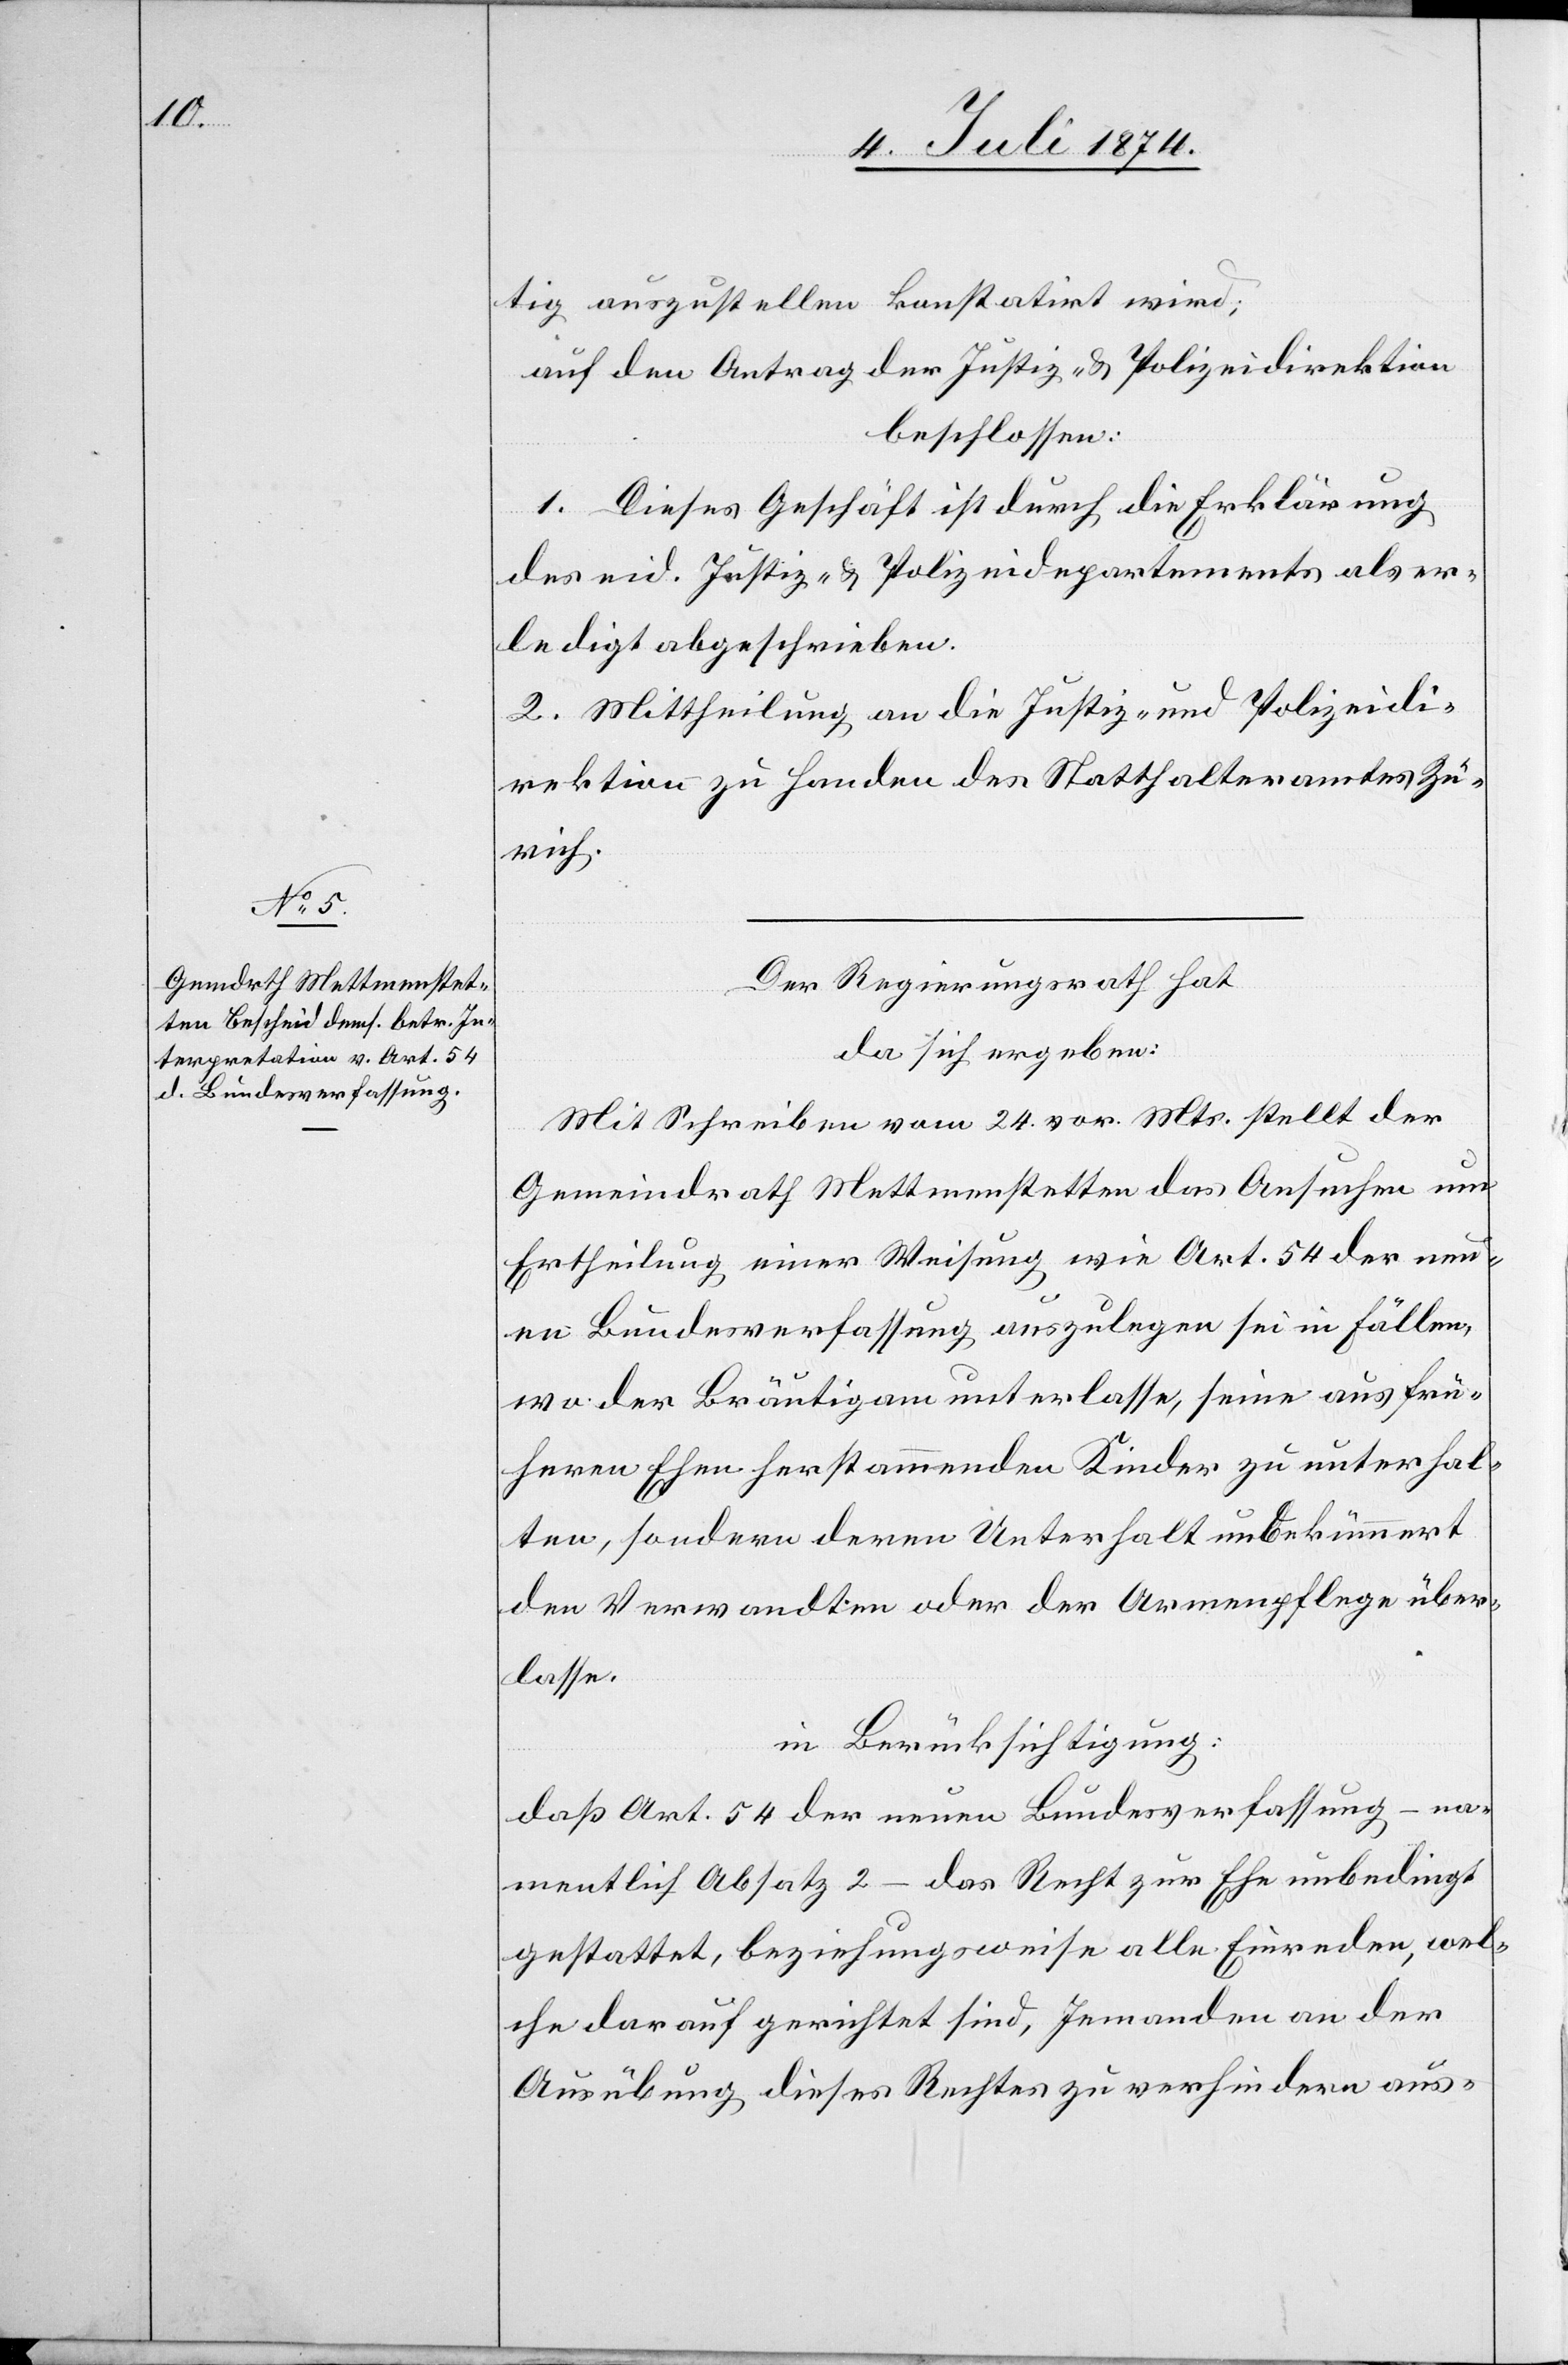
tig auszustellen konstatirt wird;
auf den Antrag der Justiz- u. Polizeidirektion
beschlossen:
1. Dieses Geschäft ist durch die Erklärung
des eid. Justiz- u. Polizeidepartements als er¬
ledigt abgeschrieben.
2. Mittheilung an die Justiz- und Polizeidi¬
rektion zu Handen des Statthalteramtes Zü¬
rich.
Der Regierungsrath hat
da sich ergeben:
Mit Schreiben vom 24. vor. Mts. stellt der
Gemeindrath Mettmenstetten das Ansuchen um
Ertheilung einer Weisung wie Art. 54 der neu¬
en Bundesverfassung auszulegen sei in Fällen,
wo der Bräutigam unterlasse, seine aus frü¬
heren Ehen herstammenden Kinder zu unterhal¬
ten, sondern deren Unterhalt unbekümmert
den Verwandten oder der Armenpflege über¬
lasse.
in Berücksichtigung:
daß Art. 54 der neuen Bundesverfassung – na¬
mentlich Absatz 2 – das Recht zur Ehe unbedingt
gestattet, beziehungsweise alle Einreden, wel¬
che darauf gerichtet sind, Jemanden an der
Ausübung dieses Rechtes zu verhindern aus-